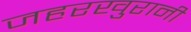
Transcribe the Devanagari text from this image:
जहरखुरानी